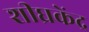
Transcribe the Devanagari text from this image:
शीघ्रकेंद्र